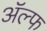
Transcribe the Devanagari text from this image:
अॅल्फ